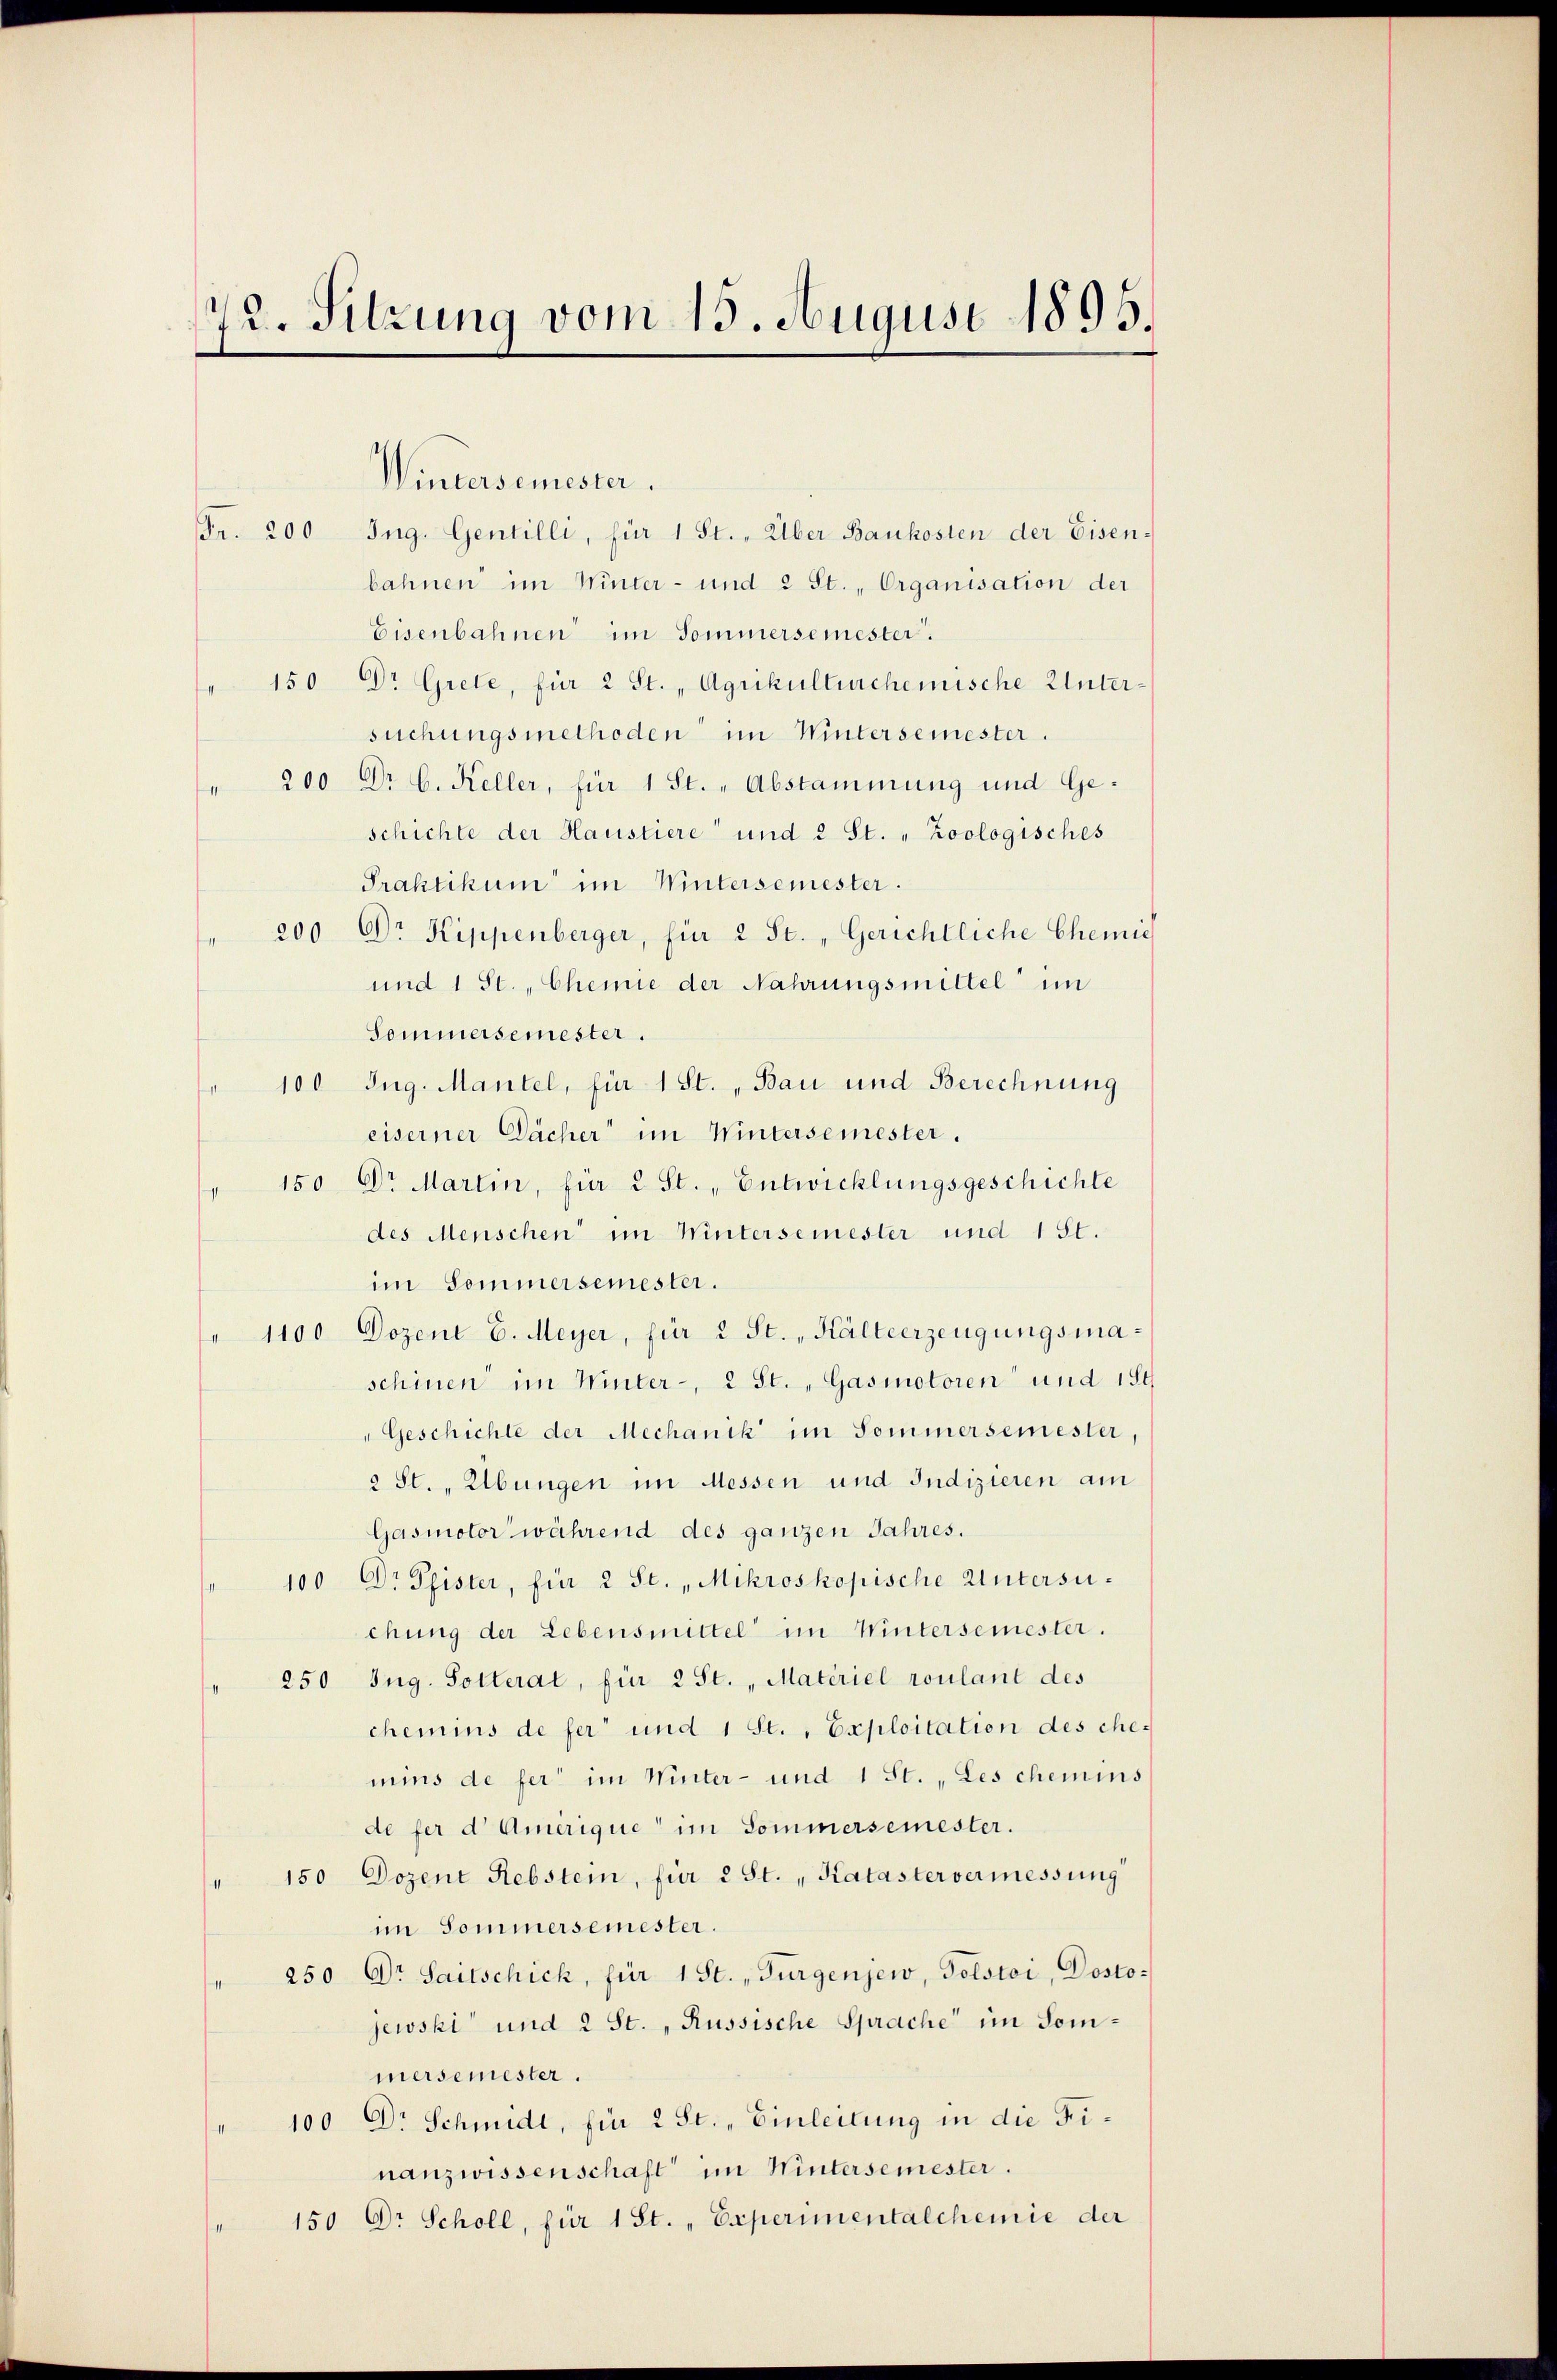
72. Sitzung vom 15. August 1895.

Wintersemester.
Fr. 200.
bahnen im Winter- und 2 St. Organisation der
Eisenbahnen im Sommersemester.
150 Dr Grete, für 2 St. „Agrikulturchemische Untersuchungsmethoden im Wintersemester.
" 200 Dr. C. Keller, für 1 St. „Abstammung und Geschichte der Haustiere und 2 St. „Zoologisches
Praktikum im Wintersemester.
200 Dr Kippenberger, für 2 St. Gerichtliche Chemie
und 1 St. , Chemie der Nahrungsmittel im
Sommersemester
" 100 Jug. Mantel, für 1 St. „Bau und Berechnung
eiserner Dächer im Wintersemester.
" 150 Dr Martin, für 2 St., Entwicklungsgeschichte
des Menschen im Wintersemester und 1 St.
im Sommersemester.
" 1100 Dozent E. Meyer, für 2 St. " Kälteerzeugungsmaschinen im Winter - 2 St. Gasmotoren und 184
"Geschichte der Mechanik im Sommersemester,
St., Übungen im Messen und Indizieren am
Gasmotor während des ganzen Jahres.
100 Dr Spister, für 2 St. Mikroskopische Untersuchung der Lebensmittel im Wintersemester.
250 Zug. Solterat, für 2 St. „Materiel roulant des
chemins de fer und 1 St., Exploitation des chemins de fer im Winter- und 1 St. „Les chemins
de fer d Amerique im Sommersemester.
150 Dozent Rebstem, für 2 St. „Katastervermessung
im Sommersemester.
250 Dr. Saitschick, für 1 St., Turgenjew, Tolstoi, Dostojewski und 2 St., Russische Sprache im Sommersemester.
100 Dr Schmidt, für 2 St. „Einleitung in die Finanzwissenschaft im Wintersemester.
150 Dr Scholl, für 1 St. „Experimentalchemie der

Ing. Gentille, für 1 St., Über Baukosten der Eisen¬